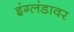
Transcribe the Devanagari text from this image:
इंग्लंडावर